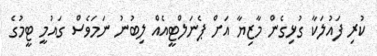
ކުރި ފައުލަކާ ގުޅިގެން މާޒިޔާ އަށް ޕެނަލްޓީއެއް ލިބުނު ނަމަވެސް ގައުމީ ޓީމުގެ